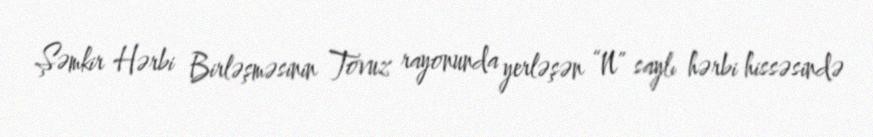
Şəmkir Hərbi Birləşməsinin Tovuz rayonunda yerləşən “N” saylı hərbi hissəsində